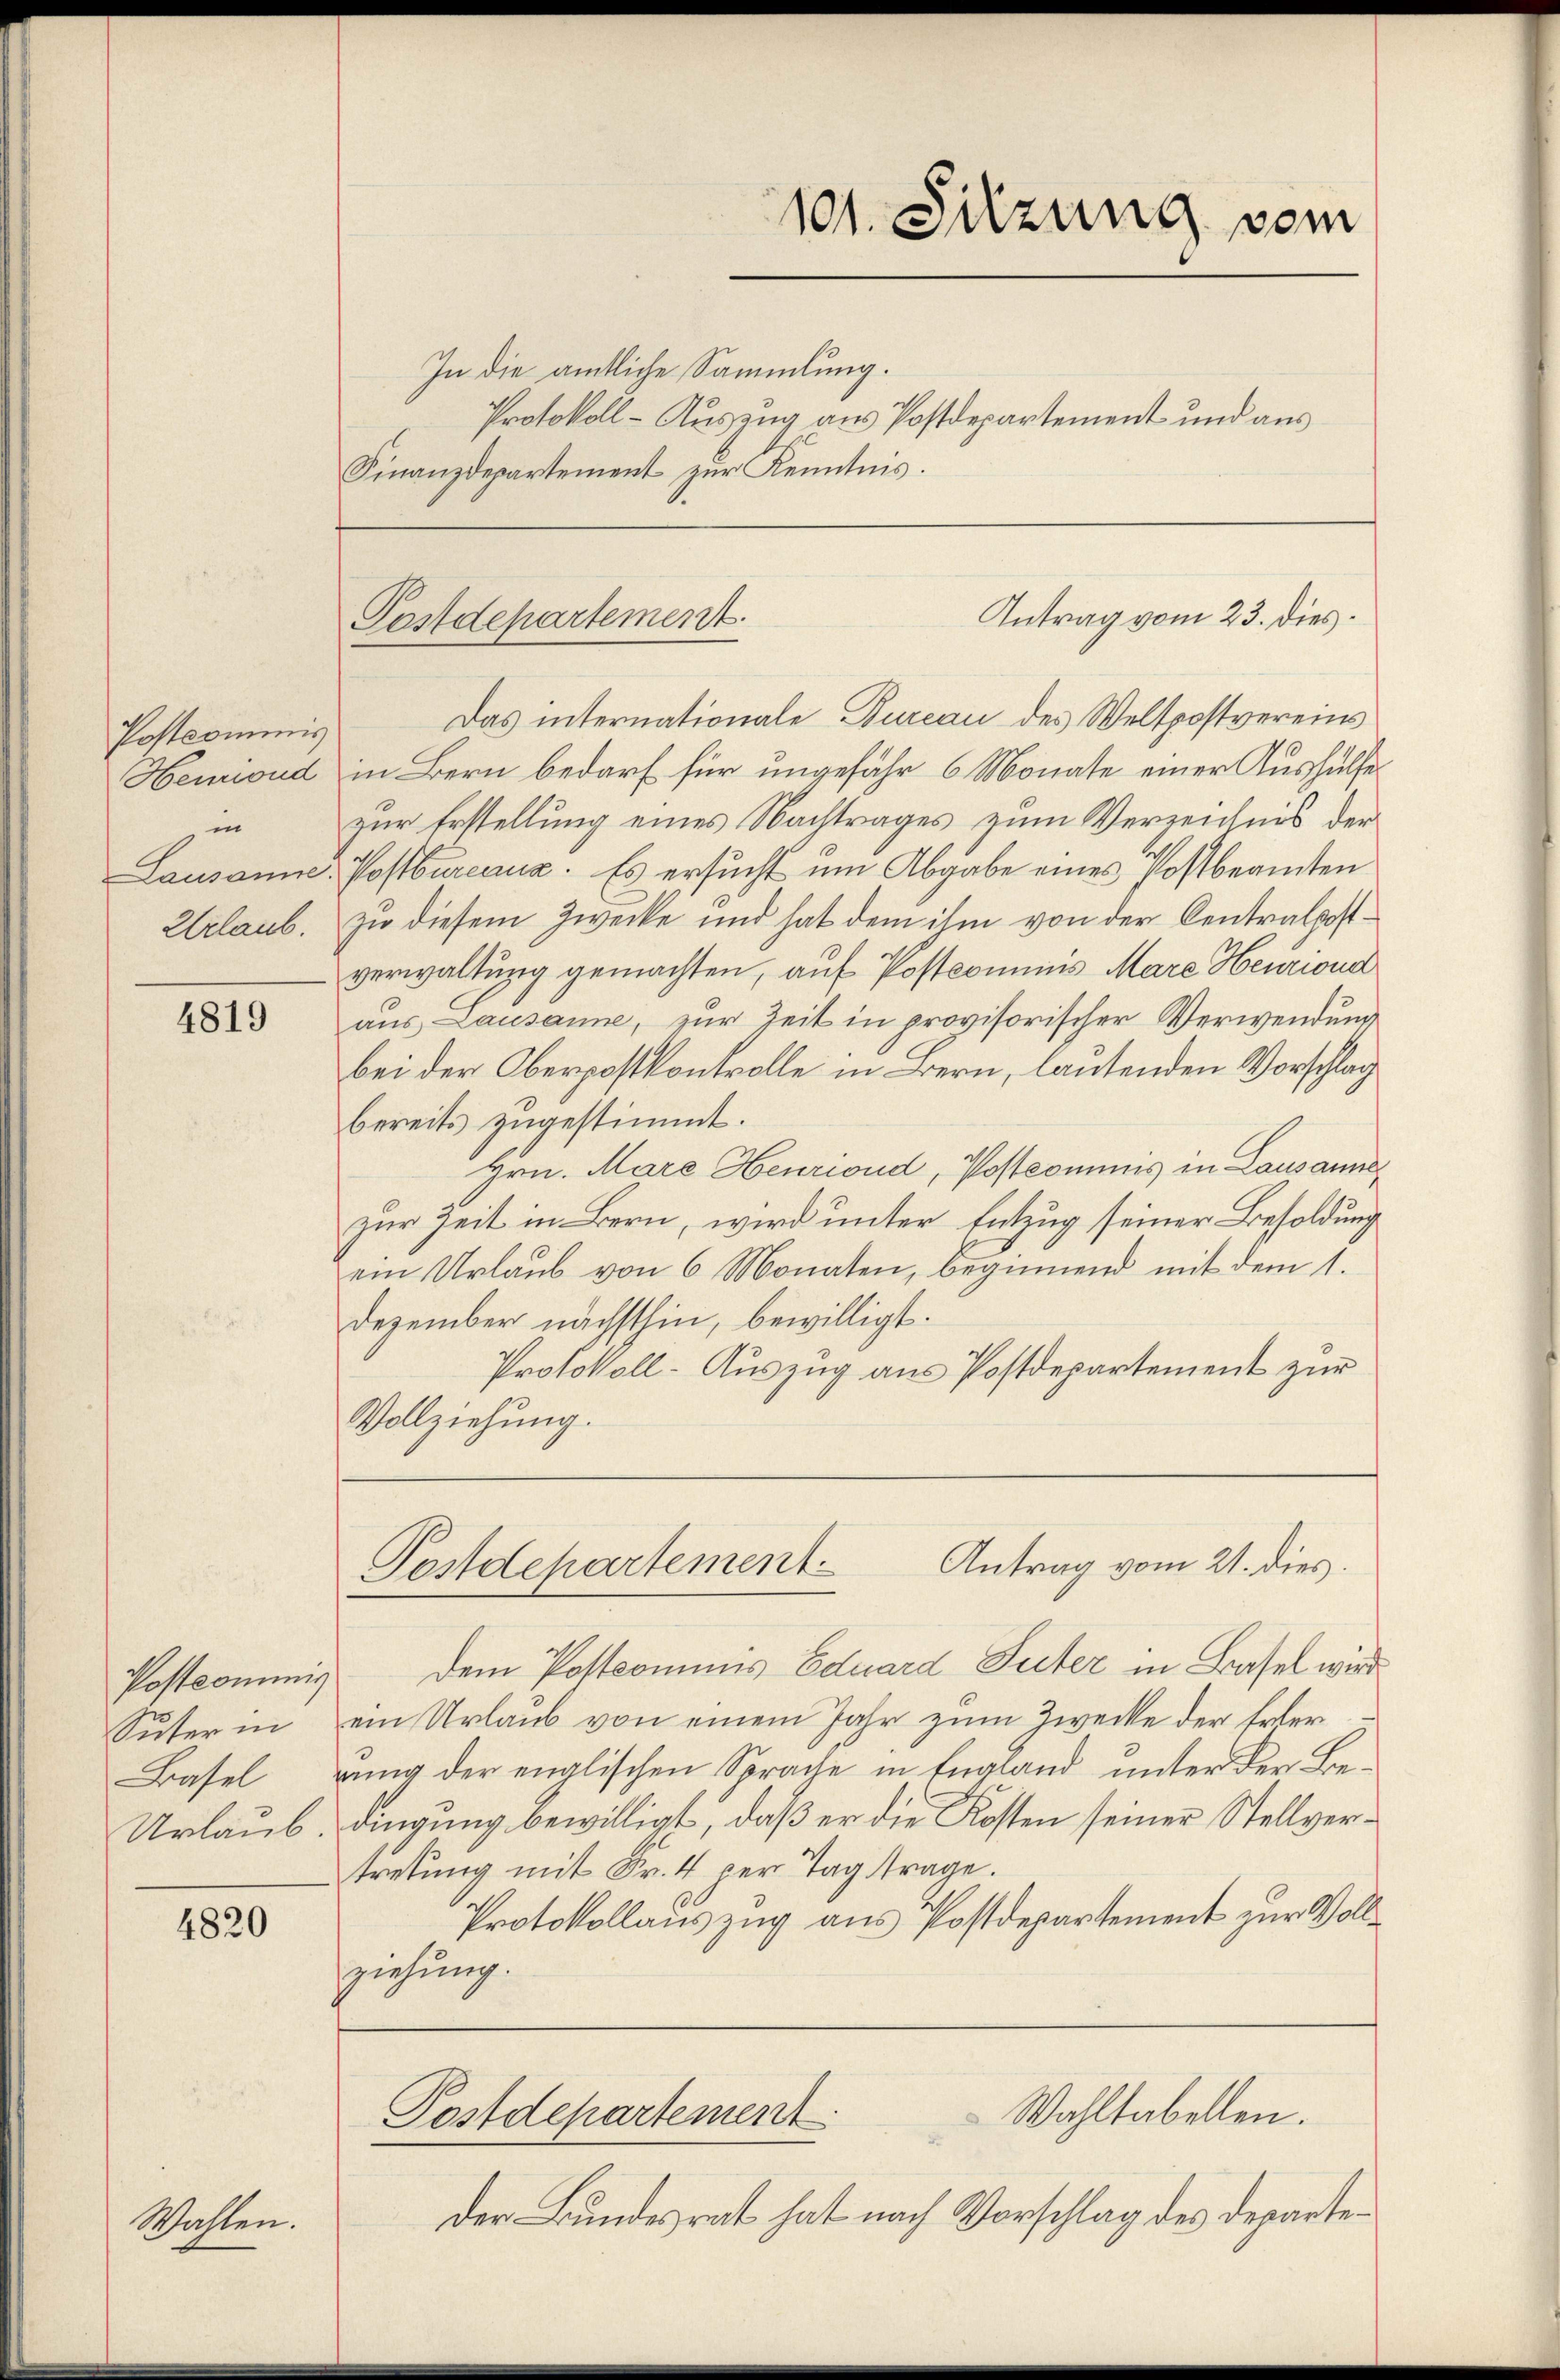
Postcommis
in
Urlaub.

Wachten.

4819

Suter in
Basel
Urlaub.

4820

In die amtliche Sammlung.
Finanzdepartement zur Kenntnis.

Das internationale Bureau des Weltpostvereins
Henoud in Bern bedarf für ungefähr 6 Monate einer Aushülfe
zur Erstellung eines Nachtrages zum Verzeichnis der
Lausanne: Postbureaus. Es ersucht um Abgabe eines Postbeamten
zu diesem Zwecke und hat dem ihm von der Centralkostverwaltung gemachten, auf Postcommis Marc Heuriond
aus Lausanne, zur Zeit in provisorischer Verwendung
bei der Oberpostkontrolle in Bern, lautenden Vorschlag
bereits zugestimmt.
Hrn. Mare Henrioud, Postcommis in Lausanne
zur Zeit in Bern, wird unter Entzug seiner Besoldung
ein Urlaub von 6 Monaten, beginnend mit dem 1.
Dezember nächsthin, bewilligt.
Protokoll-Auszug aus Postdepartement zur
Vollziehung.

101. Sitzung vom
Protokoll - Auszug aus Postdepartement und aus

Antrag vom 23. dies
Postdepartement

Antrag vom 21. dies
Postdepartement

Postkommnis dem Postcommis Eduard Suter in Basel wird
ein Urlaub von einem Jahr zum Zwecke der Erler
rung der englischen Sprache in England unter der Bedingung bewilligt, daß er die Kosten seiner Stellvertretung mit Fr. 4 per Tag trage.
Protokollauszug aus Postdepartement zur Vollziehung.

Wahltabellen.
Postdepartement

der Bundesrat hat nach Vorschlag des Departe¬